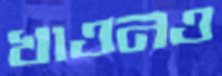
খাওনও